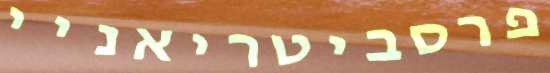
פרסביטריאניי